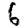
Digit: 6